Report on horse surra - Volume II, Part I
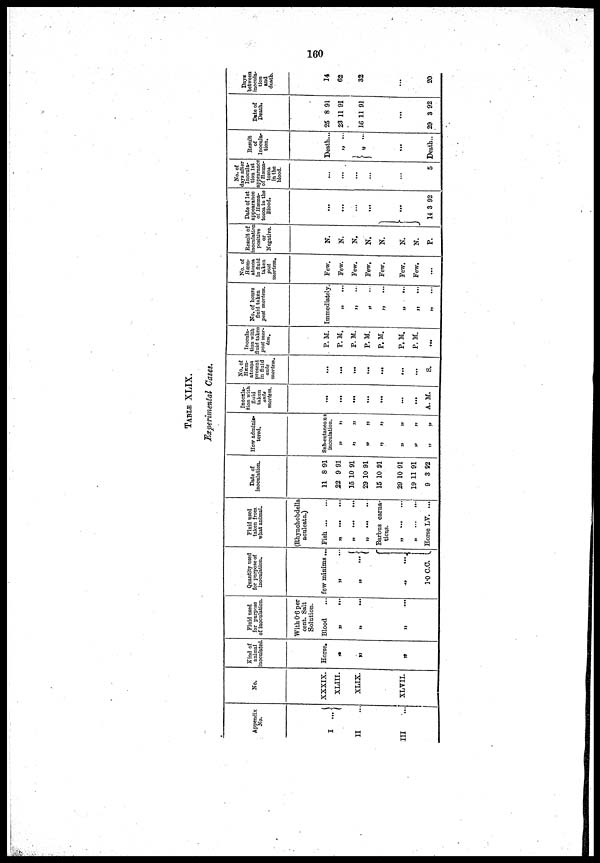
160
TABLE XLIX.
EXPERIMENTAL CASES.
Appedix
NO.
I ...{
II
III
NO.
XXXIX.
XLIII.
XLIX.
XLVII.
kind of
animal
inoculated.
Horse.
„
„
„
Fluid used
for purpose
of inoculation.
With 0.6 per
cent. Salt
Solution.
Blood
„
...
„ ...
„ ...
Quantity used
for purpose of
inoculation.
few minims...
„
„
„ ...{
„ ...
1.0 C.C. „
Fluid used
taken from
what animal.
(Rhynchobdella
aculeata.)
Fish
„ ... ...
„
...
...
„
...
...
Barbus carna-
ticus.
Horse LV. ...
Date of
inoculation.
11
22
15
29
15
29
19
9
8
9
10
10
10
10
11
3
91
91
91
91
91
91
91
92
How adminis-
tered.
Sub-cutaneo.us
inoculation.
„ „
„ „
„ „
„ „
„ „
„ „
„ „
Inocula-
tion with
fluid taken
ante
mortem.
...
...
...
...
...
...
...
A. M.
No. of
hæm-
atozoa
present
in fluid
ante
mortem.
...
...
...
...
...
...
....
S.
Inocula-
tion with
fluid taken
post mor-
tem.
P.M.
P.M.
P.M.
P.M.
P.M.
P.M.
P.M.
...
No. of hours
fluid taken
post mortem.
IMMEDIATELY.
„ ...
„ ...
„
„ ...
„ ...
„ ...
„
...
No. of
Hæm-
atozoa
in fluid
taken
post
mortem.
Few.
Few.
Few.
Few.
Few.
Few.
Few.
...
Result of
inoculation
positive
or
Negative.
N.
N.
N.
N.
N.
N.
N.
P.
Date of 1st
appearance
of Hæma-
tozoa in the
Blood.
...
...
...
...
...
14 3 92
No. of
days after
Inocula-
tion 1st
appearance
of Hæma-
tozoa
in. the
blood.
...
...
.
...
...
...
5
Result
of
Inocula-
tion.
Death...
„ ...
...
Death..
Date of
Death.
25
23
16
8
11
11
91
91
91
29 3 92
Days
between
inocula-
tion
and
death.
14
62
32
20